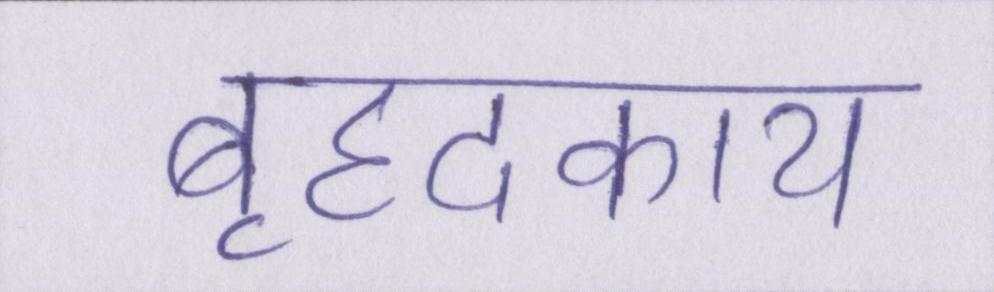
बृहदकाय